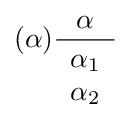
(\alpha ){\frac {\alpha }{\begin{array}{c}\alpha _{1}\\\alpha _{2}\end{array}}}